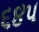
૬૪૫